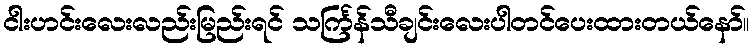
ငါးဟင်းလေးလည်းမြည်းရင် သင်္ကြန်သီချင်းလေးပါတင်ပေးထားတယ်နော်။